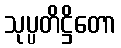
သုပ္ပတိဋ္ဌိတော